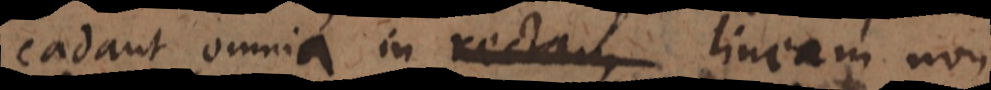
cadant omnia in rectam lineam non